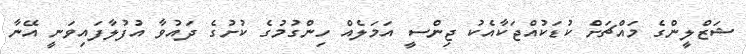
ޝަޒްލީންގެ މައްޗަށް ކުޑަކުއްޖަކާއެކު ޖިންސީ އަމަލެއް ހިންގުމުގެ ކުށުގެ ދައުވާ އުފުލާފައިވަނީ އޭނާ